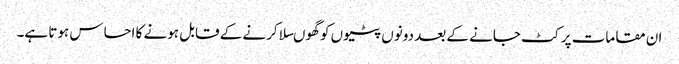
ان مقامات پر کٹ جانے کے بعد دونوں پٹیوں کو گھوںسلا کرنے کے قابل ہونے کا احساس ہوتا ہے۔